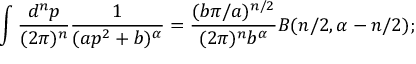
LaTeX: \int \frac { d ^ { n } p } { ( 2 \pi ) ^ { n } } \frac { 1 } { ( a p ^ { 2 } + b ) ^ { \alpha } } = \frac { ( b \pi / a ) ^ { n / 2 } } { ( 2 \pi ) ^ { n } b ^ { \alpha } } B ( n / 2 , \alpha - n / 2 ) ;